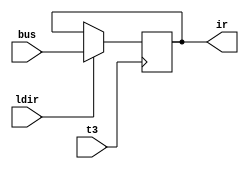
module instruction_reg(ldir,t3,bus,ir);
input ldir,t3;
input [7:0]  bus;
output [7:0] ir;
reg [7:0] ir;
always @(posedge t3 )
   if(ldir)      ir=bus;
endmodule